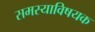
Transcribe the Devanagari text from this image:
समस्याविषयक